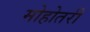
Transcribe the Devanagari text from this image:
मोहोतरी